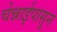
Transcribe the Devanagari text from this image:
चेन्नाईपासून